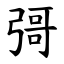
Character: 彁